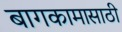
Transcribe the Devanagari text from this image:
बागकामासाठी